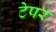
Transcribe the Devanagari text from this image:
टेपर